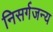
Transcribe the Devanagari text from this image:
निसर्गजन्य